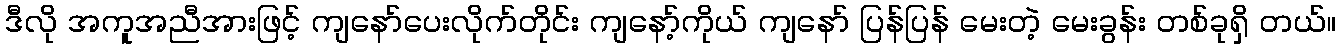
ဒီလို အကူအညီအားဖြင့် ကျနော်ပေးလိုက်တိုင်း ကျနော့်ကိုယ် ကျနော် ပြန်ပြန် မေးတဲ့ မေးခွန်း တစ်ခုရှိ တယ်။